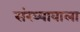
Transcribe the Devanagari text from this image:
संख्यावाला